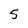
Character: 5